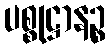
ပစ္စုဋ္ဌာနဉ္စ